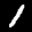
Label: 1